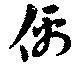
偶